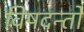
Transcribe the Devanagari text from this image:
विषदन्तों